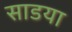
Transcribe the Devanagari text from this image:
साडया